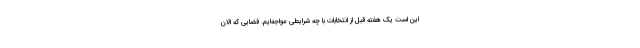
این است یک هفته قبل از انتخابات با چه شرایطی مواجه‌ایم. فضایی که الان